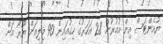
ޔުއެންޓަސް އިން އުމުރުން 28 އަހަރުގެ ހިގުއައިން 90 މިލިއަން ޔޫރޯ އަށް